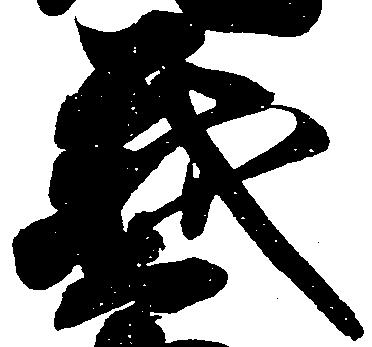
義